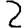
Digit: 2